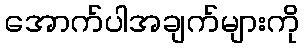
အောက်ပါအချက်များကို